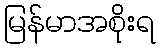
မြန်မာအစိုးရ